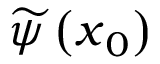
\widetilde { \psi } \left( \boldsymbol { x } _ { 0 } \right)